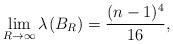
LaTeX: \begin{align*}\lim_{R\to\infty}\lambda_{}(B_R)=\frac{(n-1)^4}{16}, \end{align*}